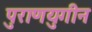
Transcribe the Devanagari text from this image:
पुराणयुगीन